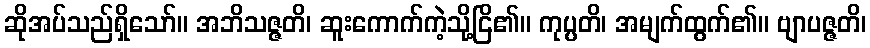
ဆိုအပ်သည်ရှိသော်။ အဘိသဇ္ဇတိ၊ ဆူးကောက်ကဲ့သို့ငြိ၏။ ကုပ္ပတိ၊ အမျက်ထွက်၏။ ဗျာပဇ္ဇတိ၊